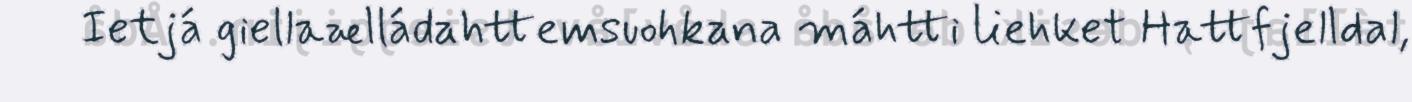
Ietjá giellaælládahttemsuohkana máhtti liehket Hattfjelldal,